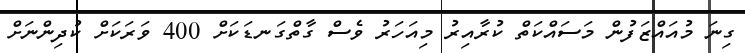
ގިނަ މުއައްޒަފުން މަސައްކަތް ކުރާއިރު މިއަހަރު ވެސް ގާތްގަނޑަކަށް 400 ވަރަކަށް ކުދިންނަށް